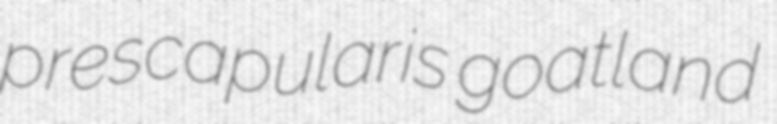
prescapularis goatland